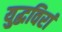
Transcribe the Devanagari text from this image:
युद्धविरां